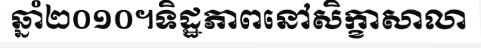
ឆ្នាំ២០១០។ទិដ្ឋភាពនៅសិក្ខាសាលា